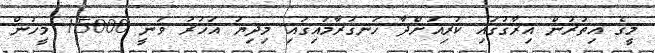
މީގެ އިތުރުން އިރާގުގައި ކުރިއަށްދާ ހަނގުރާމައިގައި މިދިޔަ އަހަރު ވަނީ 15000 މީހުން